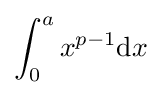
\int _{0}^{a}x^{p-1}\mathrm {d} x